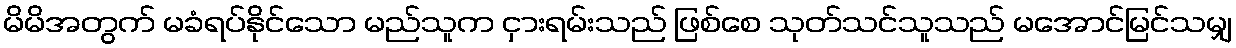
မိမိအတွက် မခံရပ်နိုင်သော မည်သူက ငှားရမ်းသည် ဖြစ်စေ သုတ်သင်သူသည် မအောင်မြင်သမျှ